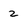
Character: 2